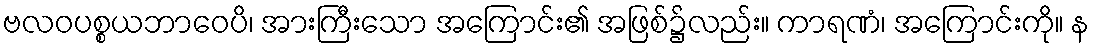
ဗလဝပစ္စယဘာဝေပိ၊ အားကြီးသော အကြောင်း၏ အဖြစ်၌လည်း။ ကာရဏံ၊ အကြောင်းကို။ န